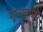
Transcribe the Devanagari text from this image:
गुल्मव्याधि